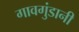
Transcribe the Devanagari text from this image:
गावगुंडानी